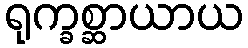
ရုက္ခစ္ဆာယာယ